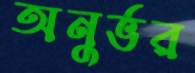
অনুর্ভর